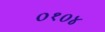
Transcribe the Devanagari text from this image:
०१०४